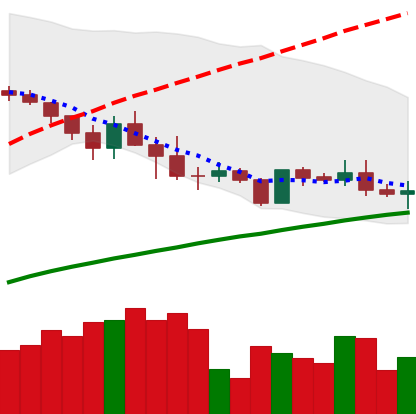
Ticker: ADA-USD
Chart end date: 2019-05-06
Forward return: 12.565%
Label: up_7plus